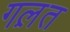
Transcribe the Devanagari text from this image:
गल़त